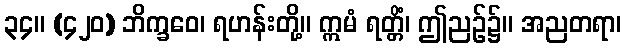
၃၄။ (၄၂၀) ဘိက္ခဝေ၊ ရဟန်းတို့။ ဣမံ ရတ္တိံ၊ ဤညဉ်၌။ အညတရာ၊